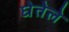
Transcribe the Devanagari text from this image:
घेतेले